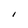
Character: I